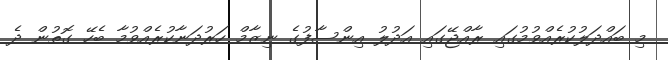
މި ބައްދަލުކުރެއްވުމުގައި ރާއްޖޭގައި އަދުލު އިންސާފުގެ ނިޒާމް ހަރުދަނާކުރެއްވުމާ ބެހޭ ގޮތުން ދެ